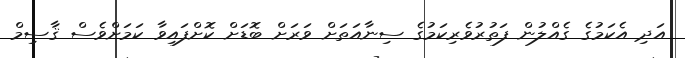
އަދި އެކަމުގެ ގެއްލުން ފަތުރުވެރިކަމުގެ ސިނާއަތަށް ވަރަށް ބޮޑަށް ކޮށްފައިވާ ކަމަށްވެސް ޤާސިމް